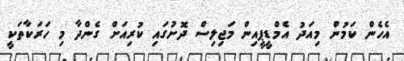
އެހެން ކަމުން މިއަދު އެމްޑީޕީއިން މަޖިލިސް ދޮށުގައި ކުރިއަށް ގެންދާ މި ހަރަކާތަކީ